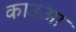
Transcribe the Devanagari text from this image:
काउआ